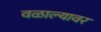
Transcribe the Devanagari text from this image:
वळाल्यावर